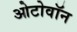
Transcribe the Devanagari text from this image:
ओटोवॉन